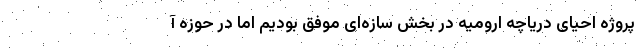
پروژه احیای دریاچه ارومیه در بخش سازه‌ای موفق بودیم اما در حوزه آ